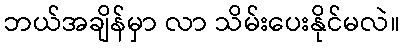
ဘယ်အချိန်မှာ လာ သိမ်းပေးနိုင်မလဲ။